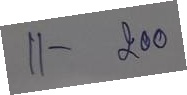
11 - 200